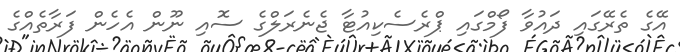
އޭގެ ތެރޭގައި ދައުވާ ފޯމްގައި ޕްރެސެކިއުޓާ ޖެނެރަލްގެ ސޮއި ނޫން އެހެން ފަރާތެއްގެ